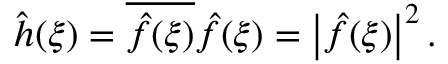
{ \hat { h } } ( \xi ) = { \overline { { { \hat { f } } ( \xi ) } } } { \hat { f } } ( \xi ) = \left| { \hat { f } } ( \xi ) \right| ^ { 2 } .